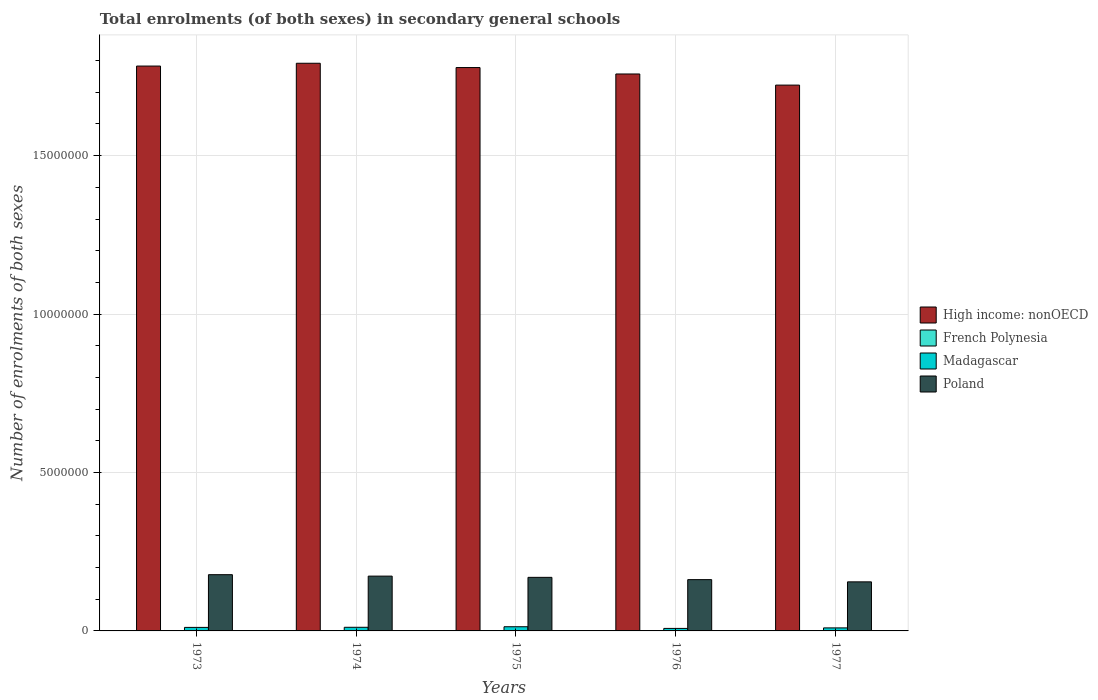
| Years | High income: nonOECD | French Polynesia | Madagascar | Poland |
 | --- | --- | --- | --- | --- |
 | 1973 | 1.78e+07 | 6.24e+03 | 1.11e+05 | 1.77e+06 |
 | 1974 | 1.79e+07 | 6.6e+03 | 1.14e+05 | 1.73e+06 |
 | 1975 | 1.78e+07 | 7.05e+03 | 1.32e+05 | 1.69e+06 |
 | 1976 | 1.76e+07 | 7.28e+03 | 7.9e+04 | 1.62e+06 |
 | 1977 | 1.72e+07 | 7.73e+03 | 9.56e+04 | 1.55e+06 |